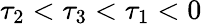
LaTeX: \tau_{2}<\tau_{3}<\tau_{1}<0